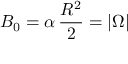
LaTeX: B _ { 0 } = \alpha \, \frac { R ^ { 2 } } { 2 } = | \Omega |